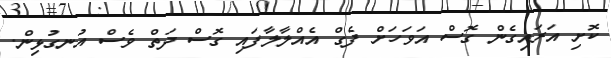
ކޮށި އަރައިގެން ގޮސް އަވަހަށް ފެގް އެއްލާލާފައި ގޮސް ދަތް ވެސް އުނގުޅިން.